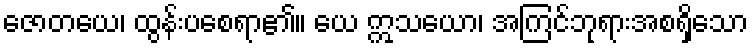
ဇောတယေ၊ ထွန်းပစေရာ၏။ ယေ ဣသယော၊ အကြင်ဘုရားအစရှိသော